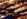
نسبه